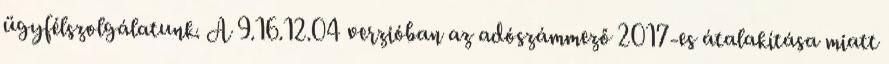
ügyfélszolgálatunk. A 9.16.12.04 verzióban az adószámmező 2017-es átalakítása miatt